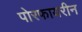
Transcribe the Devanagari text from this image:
पोरफायरीन